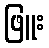
ဖြူး